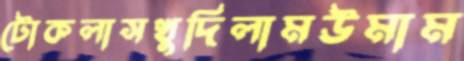
টোকলাসখুদিলামউমাম